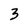
Character: 3